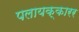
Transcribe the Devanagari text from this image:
पलायक्कारर